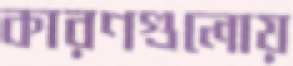
কারণগুলোয়